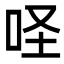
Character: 𠱅